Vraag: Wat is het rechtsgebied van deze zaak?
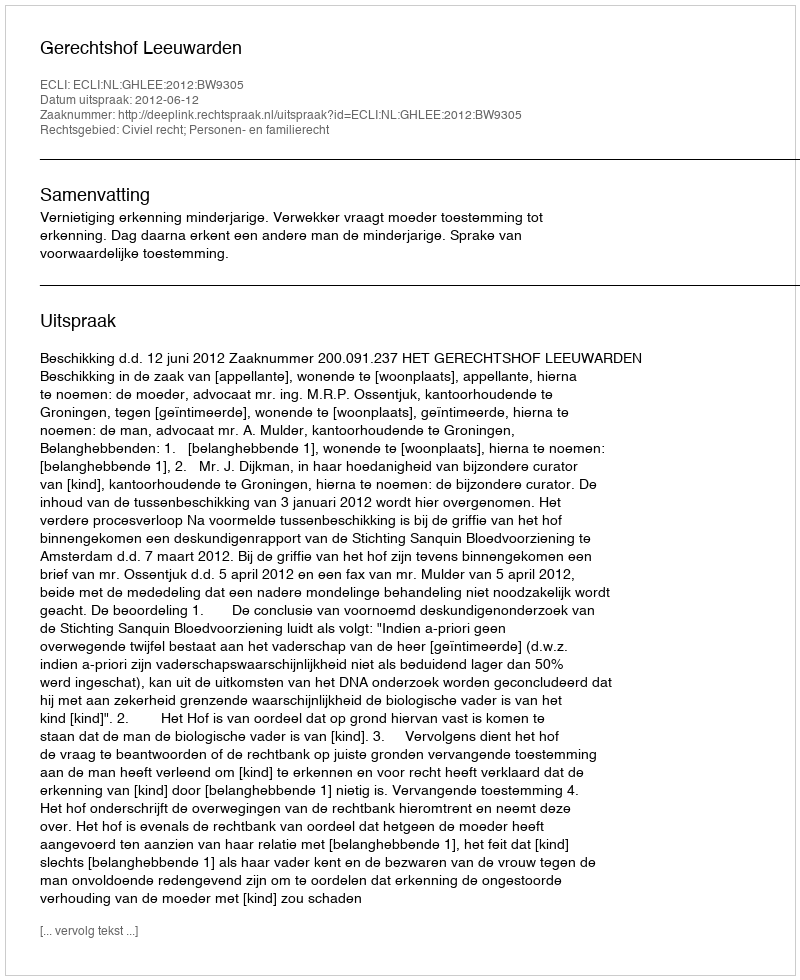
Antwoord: Civiel recht; Personen- en familierecht